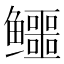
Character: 𱈚